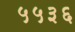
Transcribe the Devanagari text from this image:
५५३६